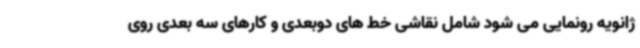
ژانویه رونمایی می شود شامل نقاشی خط های دوبعدی و کارهای سه بعدی روی